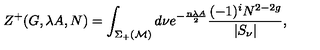
Z ^ { + } ( G , \lambda A , N ) = \int _ { \Sigma _ { + } ( { \cal M } ) } d \nu e ^ { - \frac { n \lambda A } { 2 } } \frac { ( - 1 ) ^ { i } N ^ { 2 - 2 g } } { | S _ { \nu } | } ,